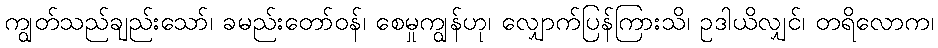
ကျွတ်သည်ချည်းသော်၊ ခမည်းတော်ဝန်၊ စေမှုကျွန်ဟု၊ လျှောက်ပြန်ကြားသိ၊ ဥဒါယိလျှင်၊ တရိလောက၊